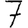
Digit: 7